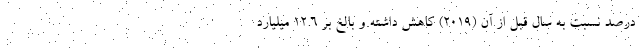
درصد نسبت به سال قبل از آن (۲۰۱۹) کاهش داشته و بالغ بر ۱۲.۶ میلیارد